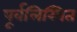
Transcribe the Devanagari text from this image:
पूर्वलिखित